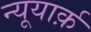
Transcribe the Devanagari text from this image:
न्यूयार्क़